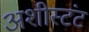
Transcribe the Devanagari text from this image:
अशीस्टंट